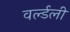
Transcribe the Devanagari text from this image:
वर्ल्डली